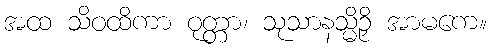
အထ သိဝထိကာ ဝုတ္တာ၊ သုသာနသ္မိဉှိ အာမကေ။